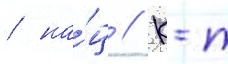
/ на́ц // К-т